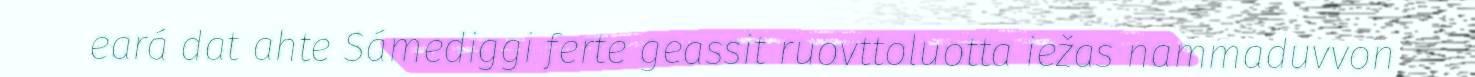
eará dat ahte Sámediggi ferte geassit ruovttoluotta iežas nammaduvvon